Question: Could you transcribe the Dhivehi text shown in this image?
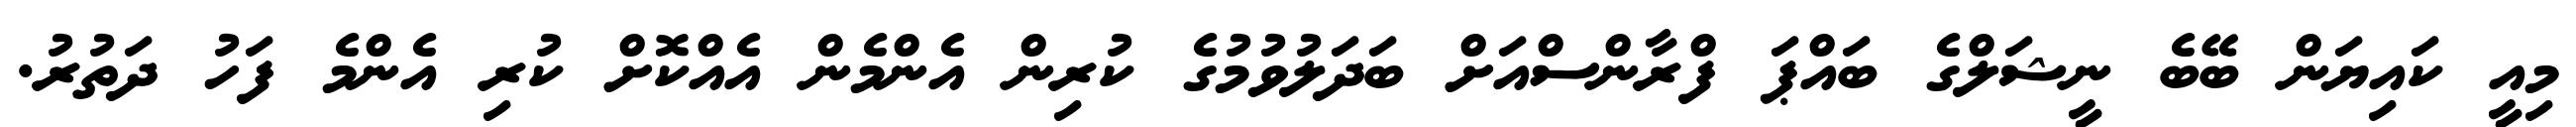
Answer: މިއީ ކައިޔަން ބޭބެ ނީޝަލްގެ ބައްޕަ ފްރާންސްއަށް ބަދަލުވުމުގެ ކުރިން އެންމެން އެއްކޮށް ކުރި އެންމެ ފަހު ދަތުރު.